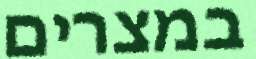
במצרים